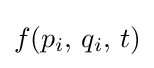
f(p_{i},\,q_{i},\,t)